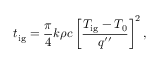
t _ { \mathrm { i g } } = { \frac { \pi } { 4 } } k \rho c \left[ { \frac { T _ { \mathrm { i g } } - T _ { 0 } } { q ^ { \prime \prime } } } \right] ^ { 2 } ,